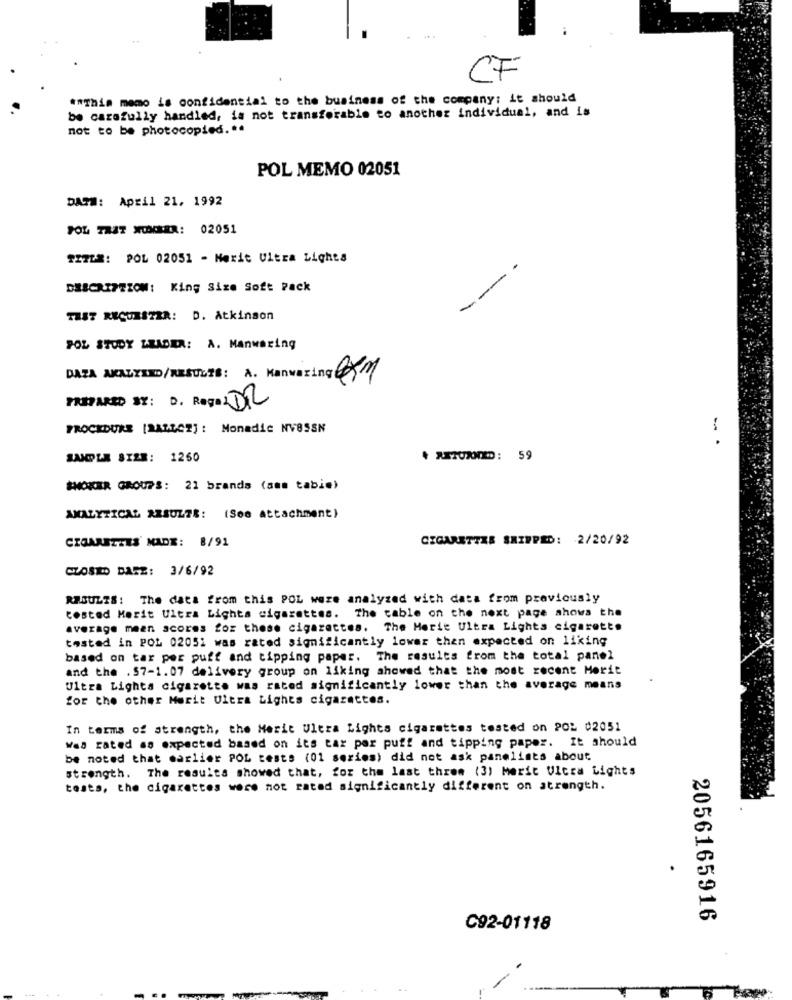
CF
** This memo is confidential to the business of the company: it should
be carefully handled, is not transferable to another individual, and is
not to be photocopied. ..
POL MEMO 02051
DATE: April 21, 1992
POL THAT NUMBER: 02051
TITLE: POL 02051 - Mexit Ultra Lights
DESCRIPTION: King Size Soft Pack
--
THST RECURSZZR: D. Atkinson
POL STUDY LEADER: A. Manwaring
DATA ANALYSED/RESULTS: A. Kanwaring COM
PREPARED BY: D. RegalDI
PROCEDURE [BALLCZ] : Monadic NV8SSN
- .
SAMPLE SIZE: 1260
SMOKER GROUPS: 21 brands (amm tabie)
ANALYTICAL ARSUZ78: (See attachment)
CIGARETTES MADE: 8/91
CIGARETTZE SHIPPED: 2/20/92
CZOSTO DATE: 3/6/92
RABULIS: The data from this POL were analyzed with data from previously
tosted Merit Ultra Lights cigarettes. The table on the next page ahova the
average mean acores for these cigarettes. The Merit Ultra Lights cigarette
tasted in POL 02051 was rated significantly lower than expected on liking
based on tar per puff and tipping paper. The results from the total panel
and the . 57-1.07 delivery group on liking showed that the most recent Morit
Ultra Lighta cigarette was rated significantly lower than the average means
for the other Merit Ultra Lights cigarettes.
In terms of strength, the Merit Ultra Lights cigarettes tested on POL 02051
Was rated as expected based on its tax por puff and tipping paper. It should
be noted that earlier POL tests (01 series) did not ask panelists about
strength. The results showed that, for the last three (3) Merit Ultra Lights
tests, the cigarettes were not rated significantly different on atrength.
2056165916
C92-01118